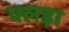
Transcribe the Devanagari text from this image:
फ्लड़ा